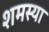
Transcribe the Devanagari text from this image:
शमस्या